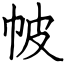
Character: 帔